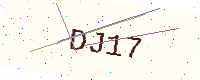
Text: DJ17